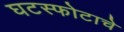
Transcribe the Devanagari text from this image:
घटस्फोटाचे